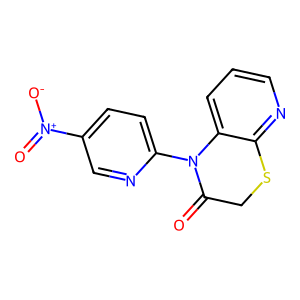
SMILES: O=C1CSc2ncccc2N1c1ccc([N+](=O)[O-])cn1
Inhibits HIV replication: No